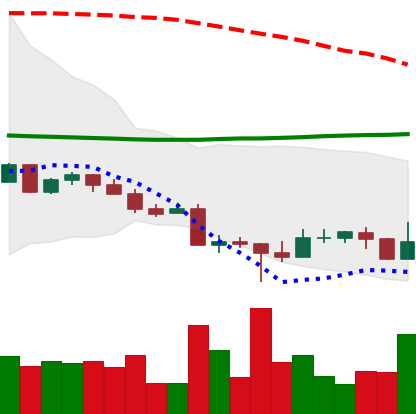
Ticker: EOS-USD
Chart end date: 2022-10-20
Forward return: 5.599%
Label: up_5_7